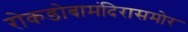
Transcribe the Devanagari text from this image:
रोकडोबामंदिरासमोर